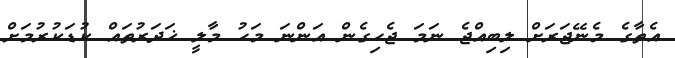
އެތާގެ މެނޭޖަރަށް ލިބިއްޖެ ނަމަ ޖެހިގެން އަންނަ މަހު މާލީ ޚަދަރުތައް ކުޑަކުރުމަށް